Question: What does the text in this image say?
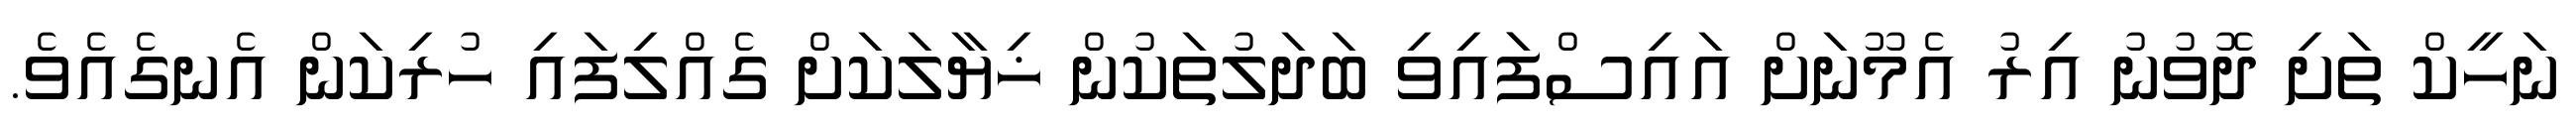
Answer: ނަހީކް ތަށި ދޮވުނު އިރު އެމޫނަށް އައިސްފަައިވި ބަދަލުތަކުން ޚިޔާލަކަށް ގެއްލިފައި ހުރިކަން އެނގެއެވެ.